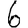
Digit: 6